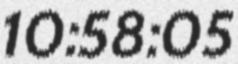
10:58:05